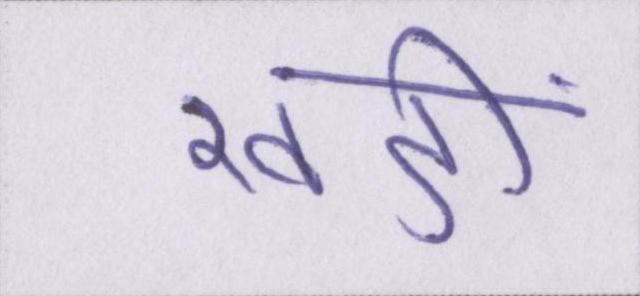
खङी